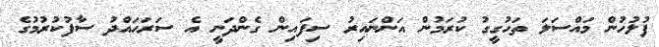
ފުލުހުން މައްސަލަ ތަހުގީގު ކުރަމުން އަންނައިރު ސިފައިން ގެންދަނީ އެ ސަރަހައްދު ސާފުކުރުމުގެ